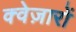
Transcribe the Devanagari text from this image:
क्वेज़ारों